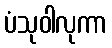
ပံသုဝါလုကာ